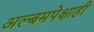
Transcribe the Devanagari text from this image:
अल्बमपेक्षाही